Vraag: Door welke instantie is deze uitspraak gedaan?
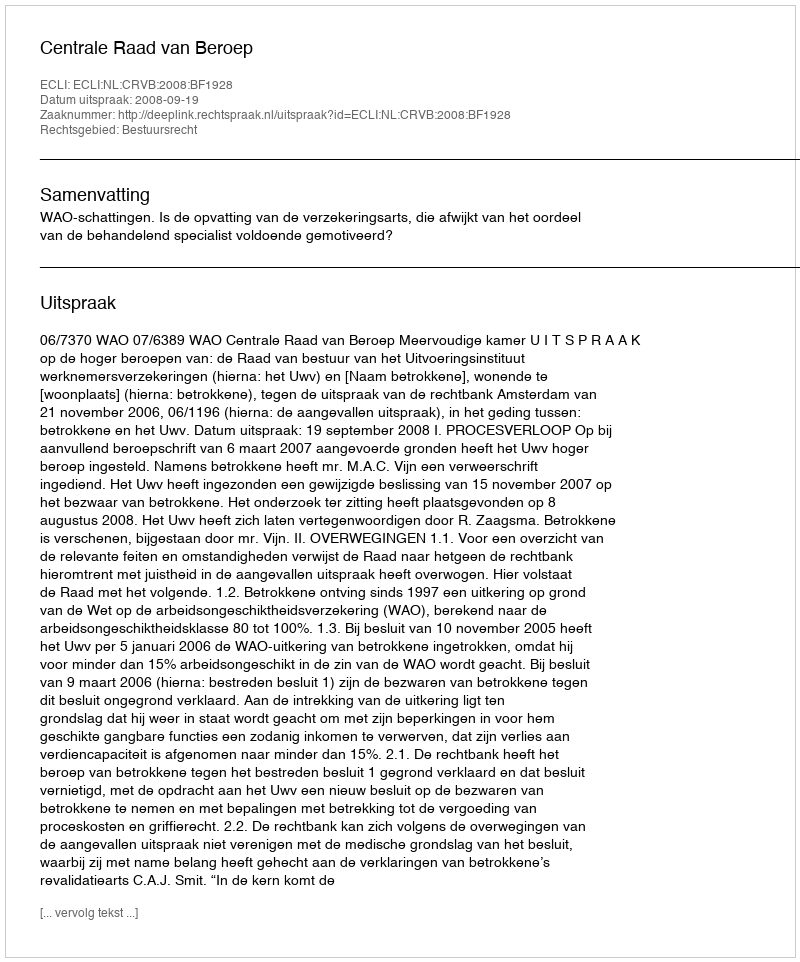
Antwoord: Centrale Raad van Beroep